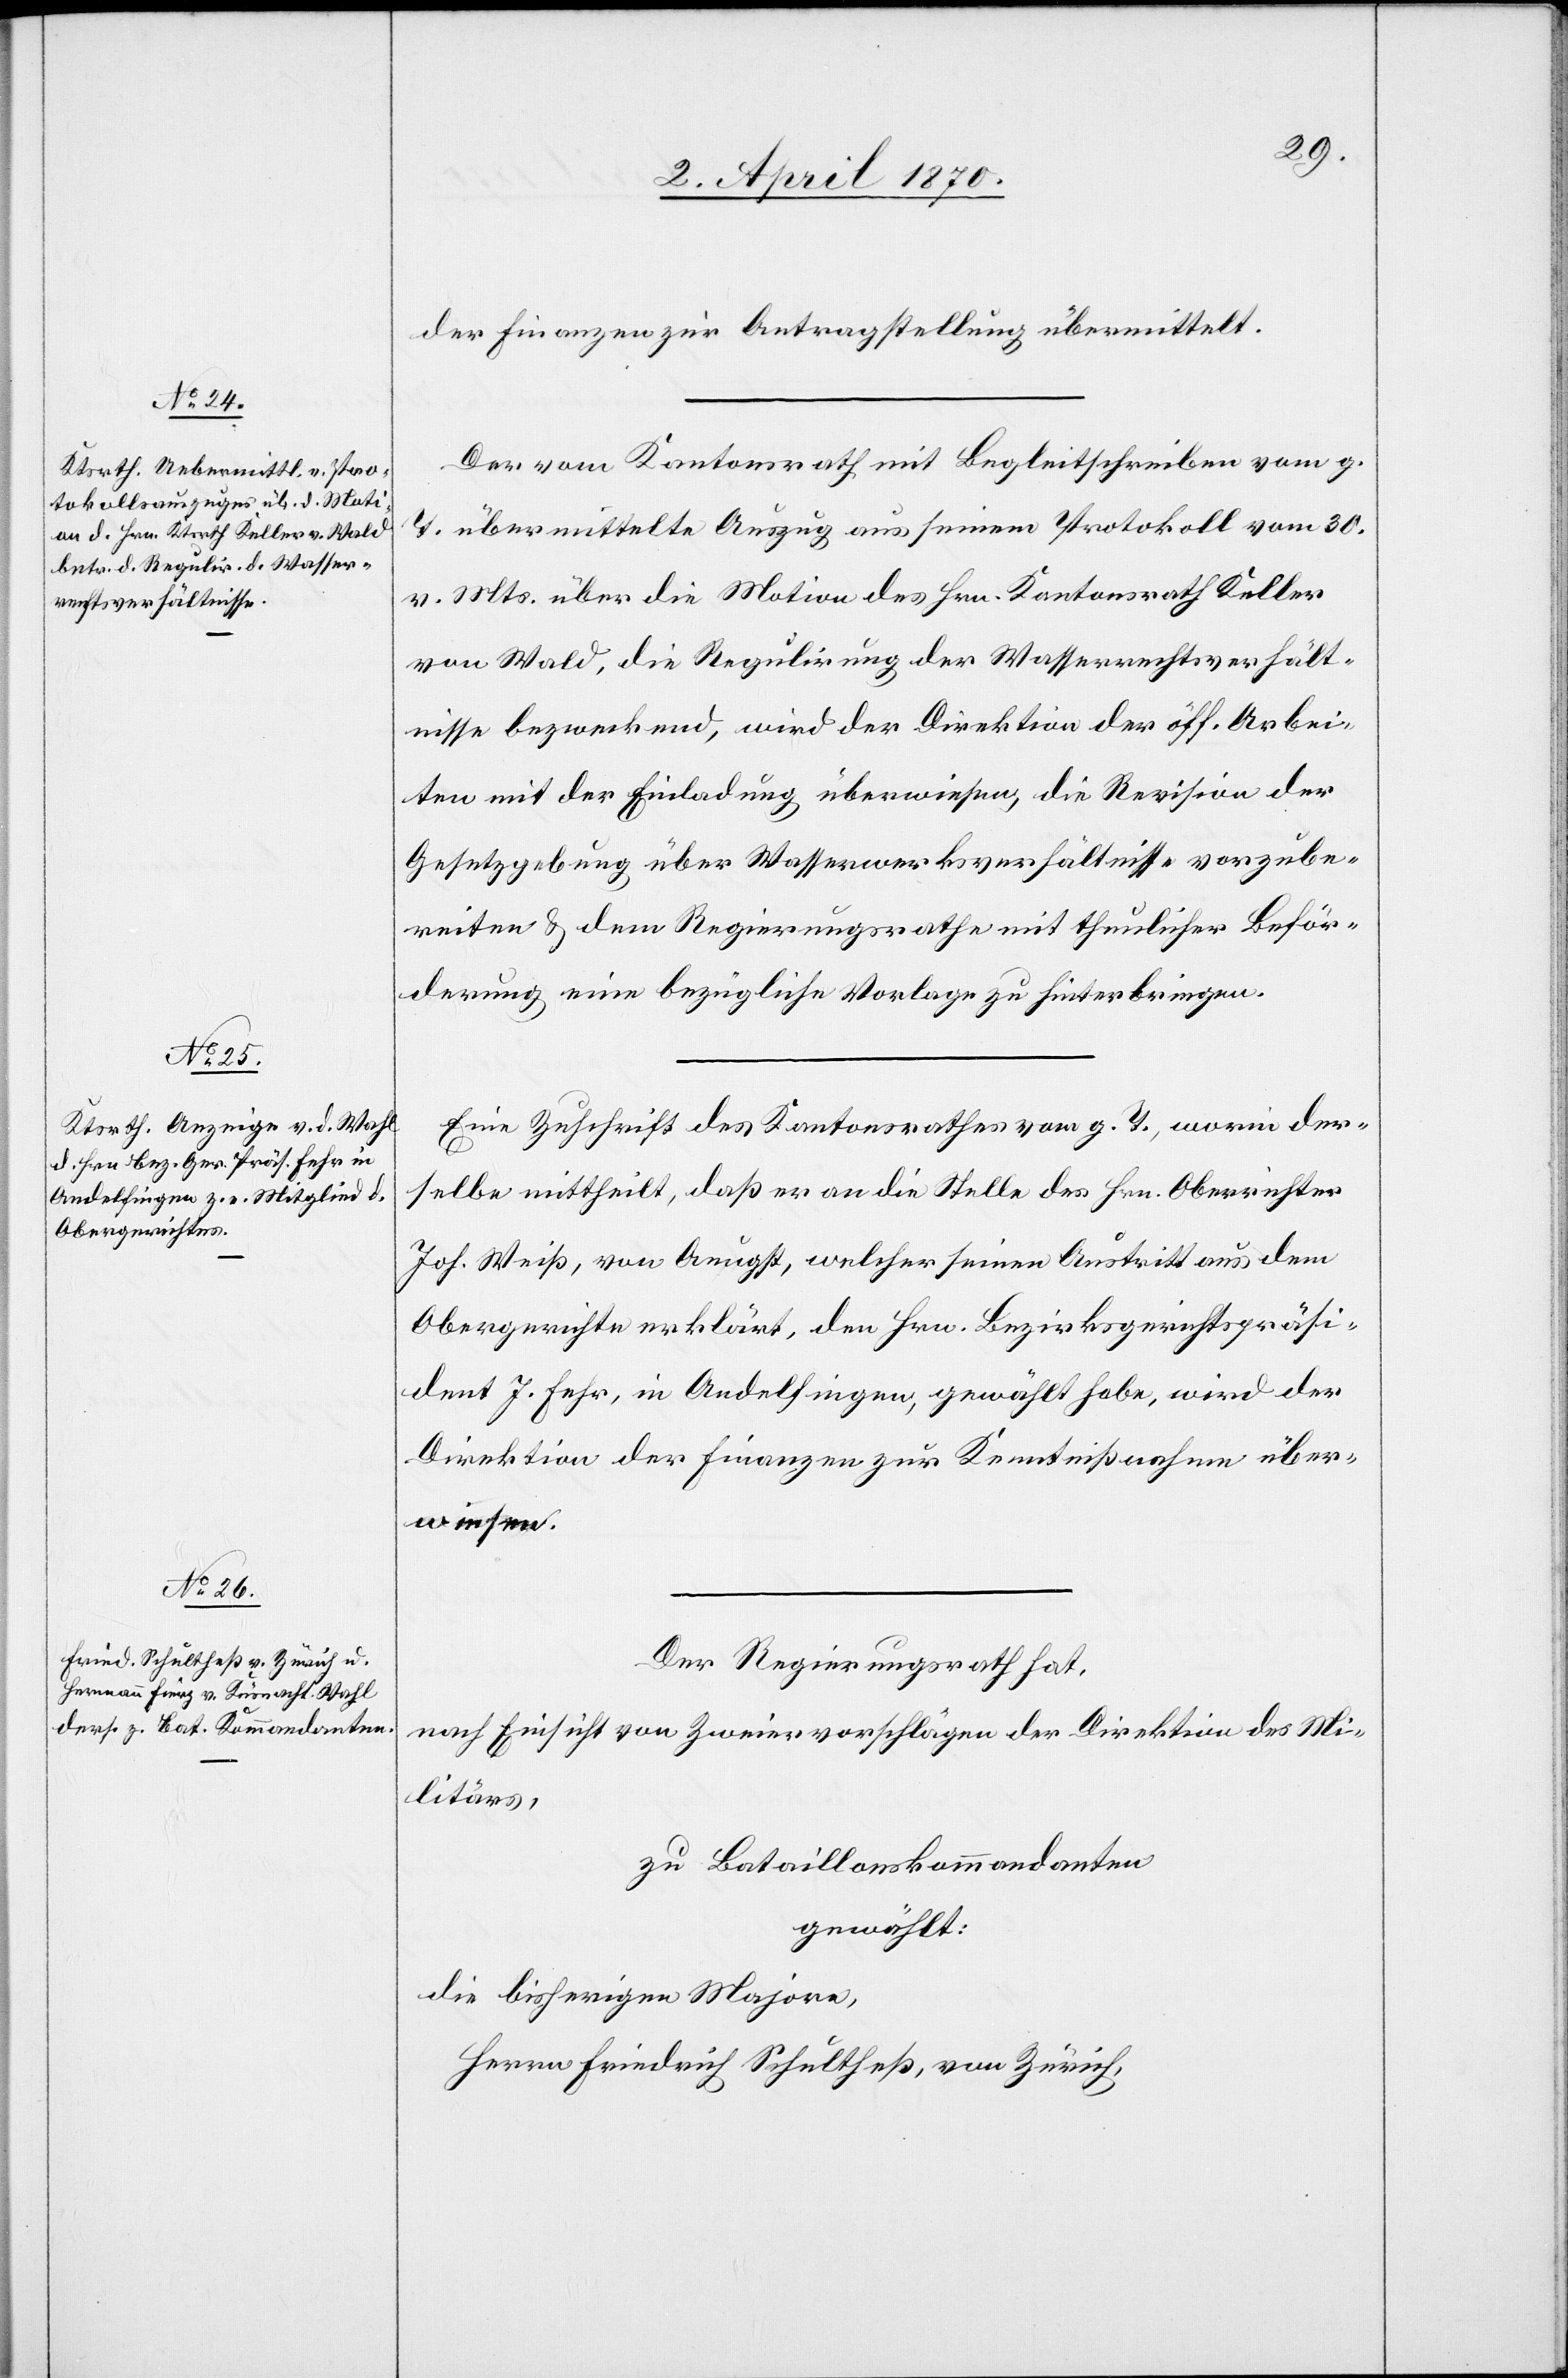
der Finanzen zur Antragstellung übermittelt.
Der vom Kantonsrath mit Begleitschreiben vom g.
T. übermittelte Auszug aus einem Protokoll vom 30.
vor. Mts. über die Motion des Hrn. Kantonsrath Keller
von Wald, die Regulirung der Wasserrechtsverhält¬
nisse bezweckend, wird der Direktion der öff. Arbei¬
ten mit der Einladung überwiesen, die Revision der
Gesetzgebung über Wasserwerksverhältnisse vorzube¬
reiten & dem Regierungsrathe mit thunlicher Beför¬
derung eine bezügliche Vorlage zu hinterbringen.
Eine Zuschrift des Kantonsrathes vom g. T., worin der¬
selbe mittheilt, daß er an die Stelle des Hrn. Oberrichter
Joh. Weiß, von Aeugst, welcher seinen Austritt aus dem
Obergerichte erklärt, den Hrn. Bezirksgerichtspräsi¬
dent J. Fehr, in Andelfingen, gewählt habe, wird der
Direktion der Finanzen zur Kenntnißgabe über¬
wiesen.
Der Regierungsrath hat,
nach Einsicht von Zweiervorschlägen der Direktion des Mi¬
litärs,
zu Bataillonskommandanten
gewählt:
die bisherigen Majore,
Herrn Friedrich Schultheß, von Zürich,